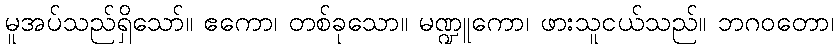
မူအပ်သည်ရှိသော်။ ဧကော၊ တစ်ခုသော။ မဏ္ဍူကော၊ ဖားသူငယ်သည်။ ဘဂဝတော၊